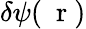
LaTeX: \delta\psi(\mathrm{~\mathbf~r~})